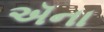
ઍના